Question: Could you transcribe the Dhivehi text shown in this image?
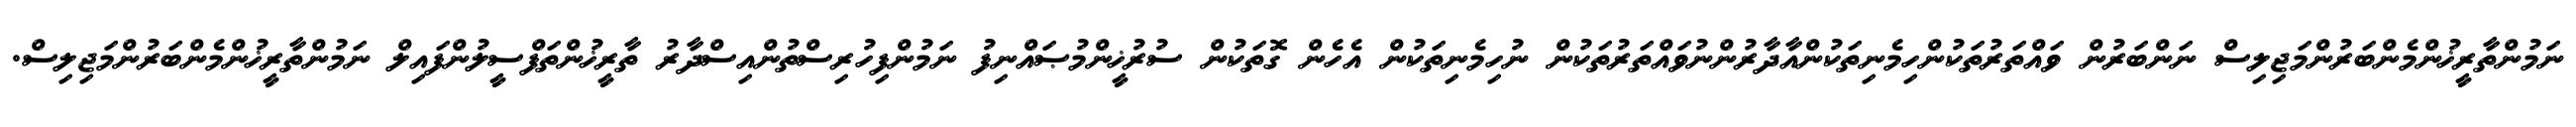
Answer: ނަމުންތާރީޚުންމެންބަރުންމަޖިލިސް ނަންބަރުން ވައްތަރުތަކުންހިމެނިތަކުންއާދާރުންނުވައްތަރުތަކުން ނުހިމެނިތަކުން އެހެން ގޮތަކުން ސުރުޚީންމުޞައްނިފު ނަމުންފިހުރިސްތުންއިސްދާރު ތާރީޚުންތަފްސީލުންފައިލް ނަމުންތާރީޚުންމެންބަރުންމަޖިލިސް.